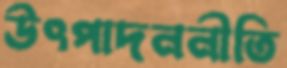
উৎপাদননীতি